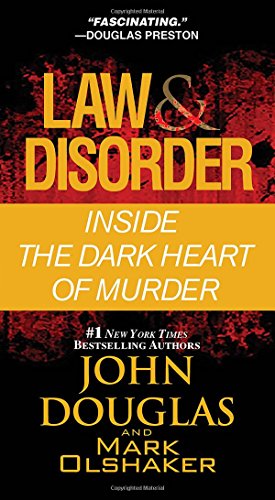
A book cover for Law & Disorder:: Inside the Dark Heart of Murder; John Douglas; Biographies & Memoirs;